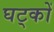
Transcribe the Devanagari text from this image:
घट्कों